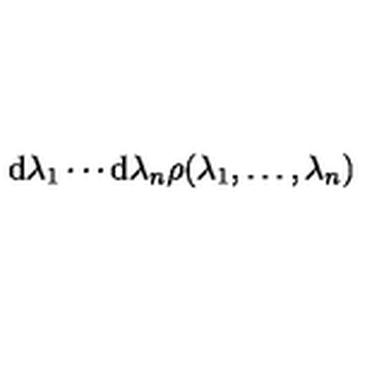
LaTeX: \mathrm { d } \lambda _ { 1 } \cdots \mathrm { d } \lambda _ { n } \rho ( \lambda _ { 1 } , \ldots , \lambda _ { n } )